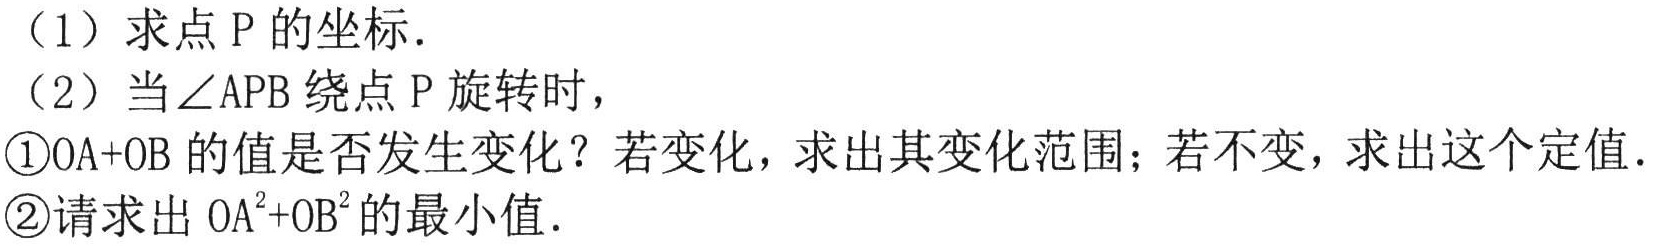
（1）求点 P 的坐标.
（2）当$\angle APB$绕点 P 旋转时，
\textcircled{1}$OA + OB$的值是否发生变化？若变化，求出其变化范围；若不变，求出这个定值.
\textcircled{2}请求出$OA^{2}+OB^{2}$的最小值.